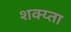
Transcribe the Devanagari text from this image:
शक्य्ता